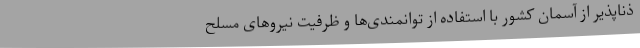
ذناپذیر از آسمان کشور با استفاده از توانمندی‌ها و ظرفیت نیروهای مسلح